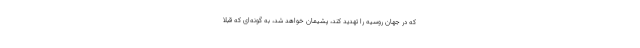
که در جهان روسیه را تهدید کند، پشیمان خواهد شد، به گونه‌ای که قبلا